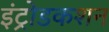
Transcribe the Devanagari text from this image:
इंट्रोडकशन